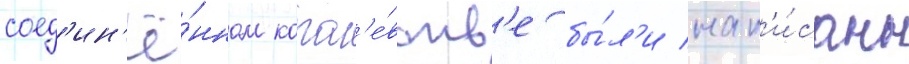
соед'ин'ё́нном корол'е́вств'е бы́л'и нап'и́саны